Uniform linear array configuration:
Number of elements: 16
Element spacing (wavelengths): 1
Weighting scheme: hamming
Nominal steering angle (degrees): -15
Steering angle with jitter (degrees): -14.61
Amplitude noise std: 0.05
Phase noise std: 0.05

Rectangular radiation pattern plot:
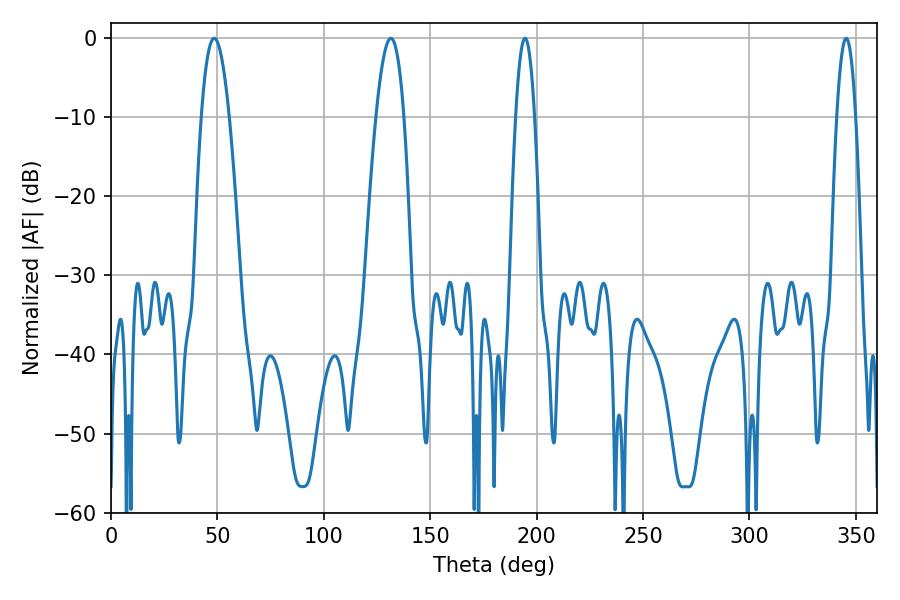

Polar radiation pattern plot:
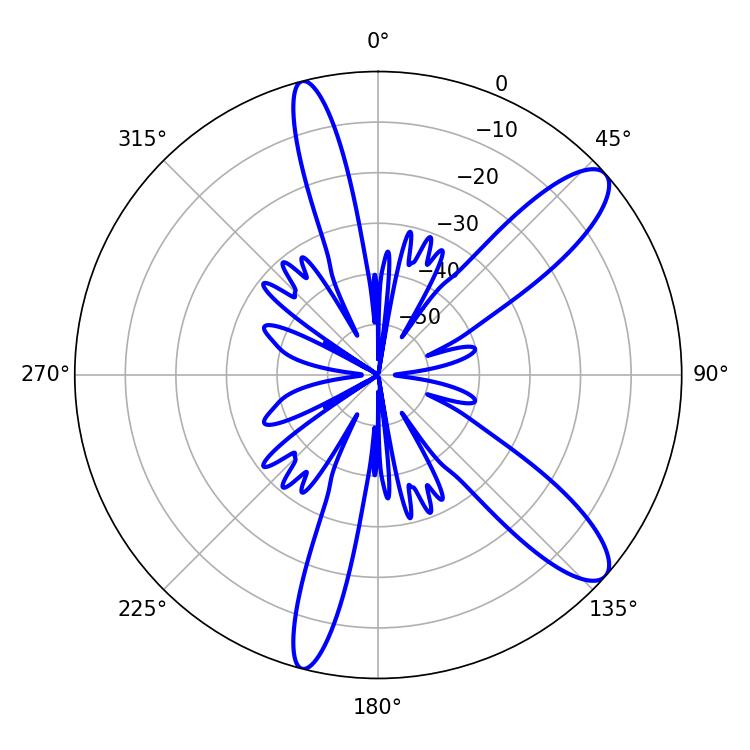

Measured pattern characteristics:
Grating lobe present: TRUE
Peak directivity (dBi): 11.036
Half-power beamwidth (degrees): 4.86
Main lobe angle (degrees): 345.42